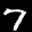
Label: 7